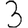
Digit: 3